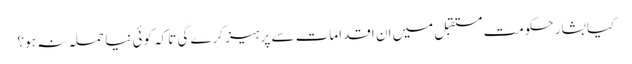
کیا بشار حکومت مستقبل میں ان اقدامات سے پرہیز کرے گی تاکہ کوئی نیا حملہ نہ ہو؟